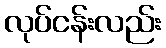
လုပ်ငန်းလည်း